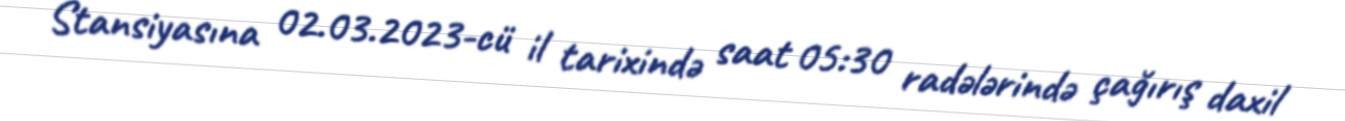
Stansiyasına 02.03.2023-cü il tarixində saat 05:30 radələrində çağırış daxil